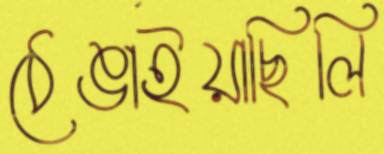
ঠেঙাইয়াছিলি